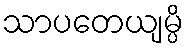
သာပတေယျမ္ပိ